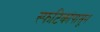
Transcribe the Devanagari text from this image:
स्फटिकांपासून